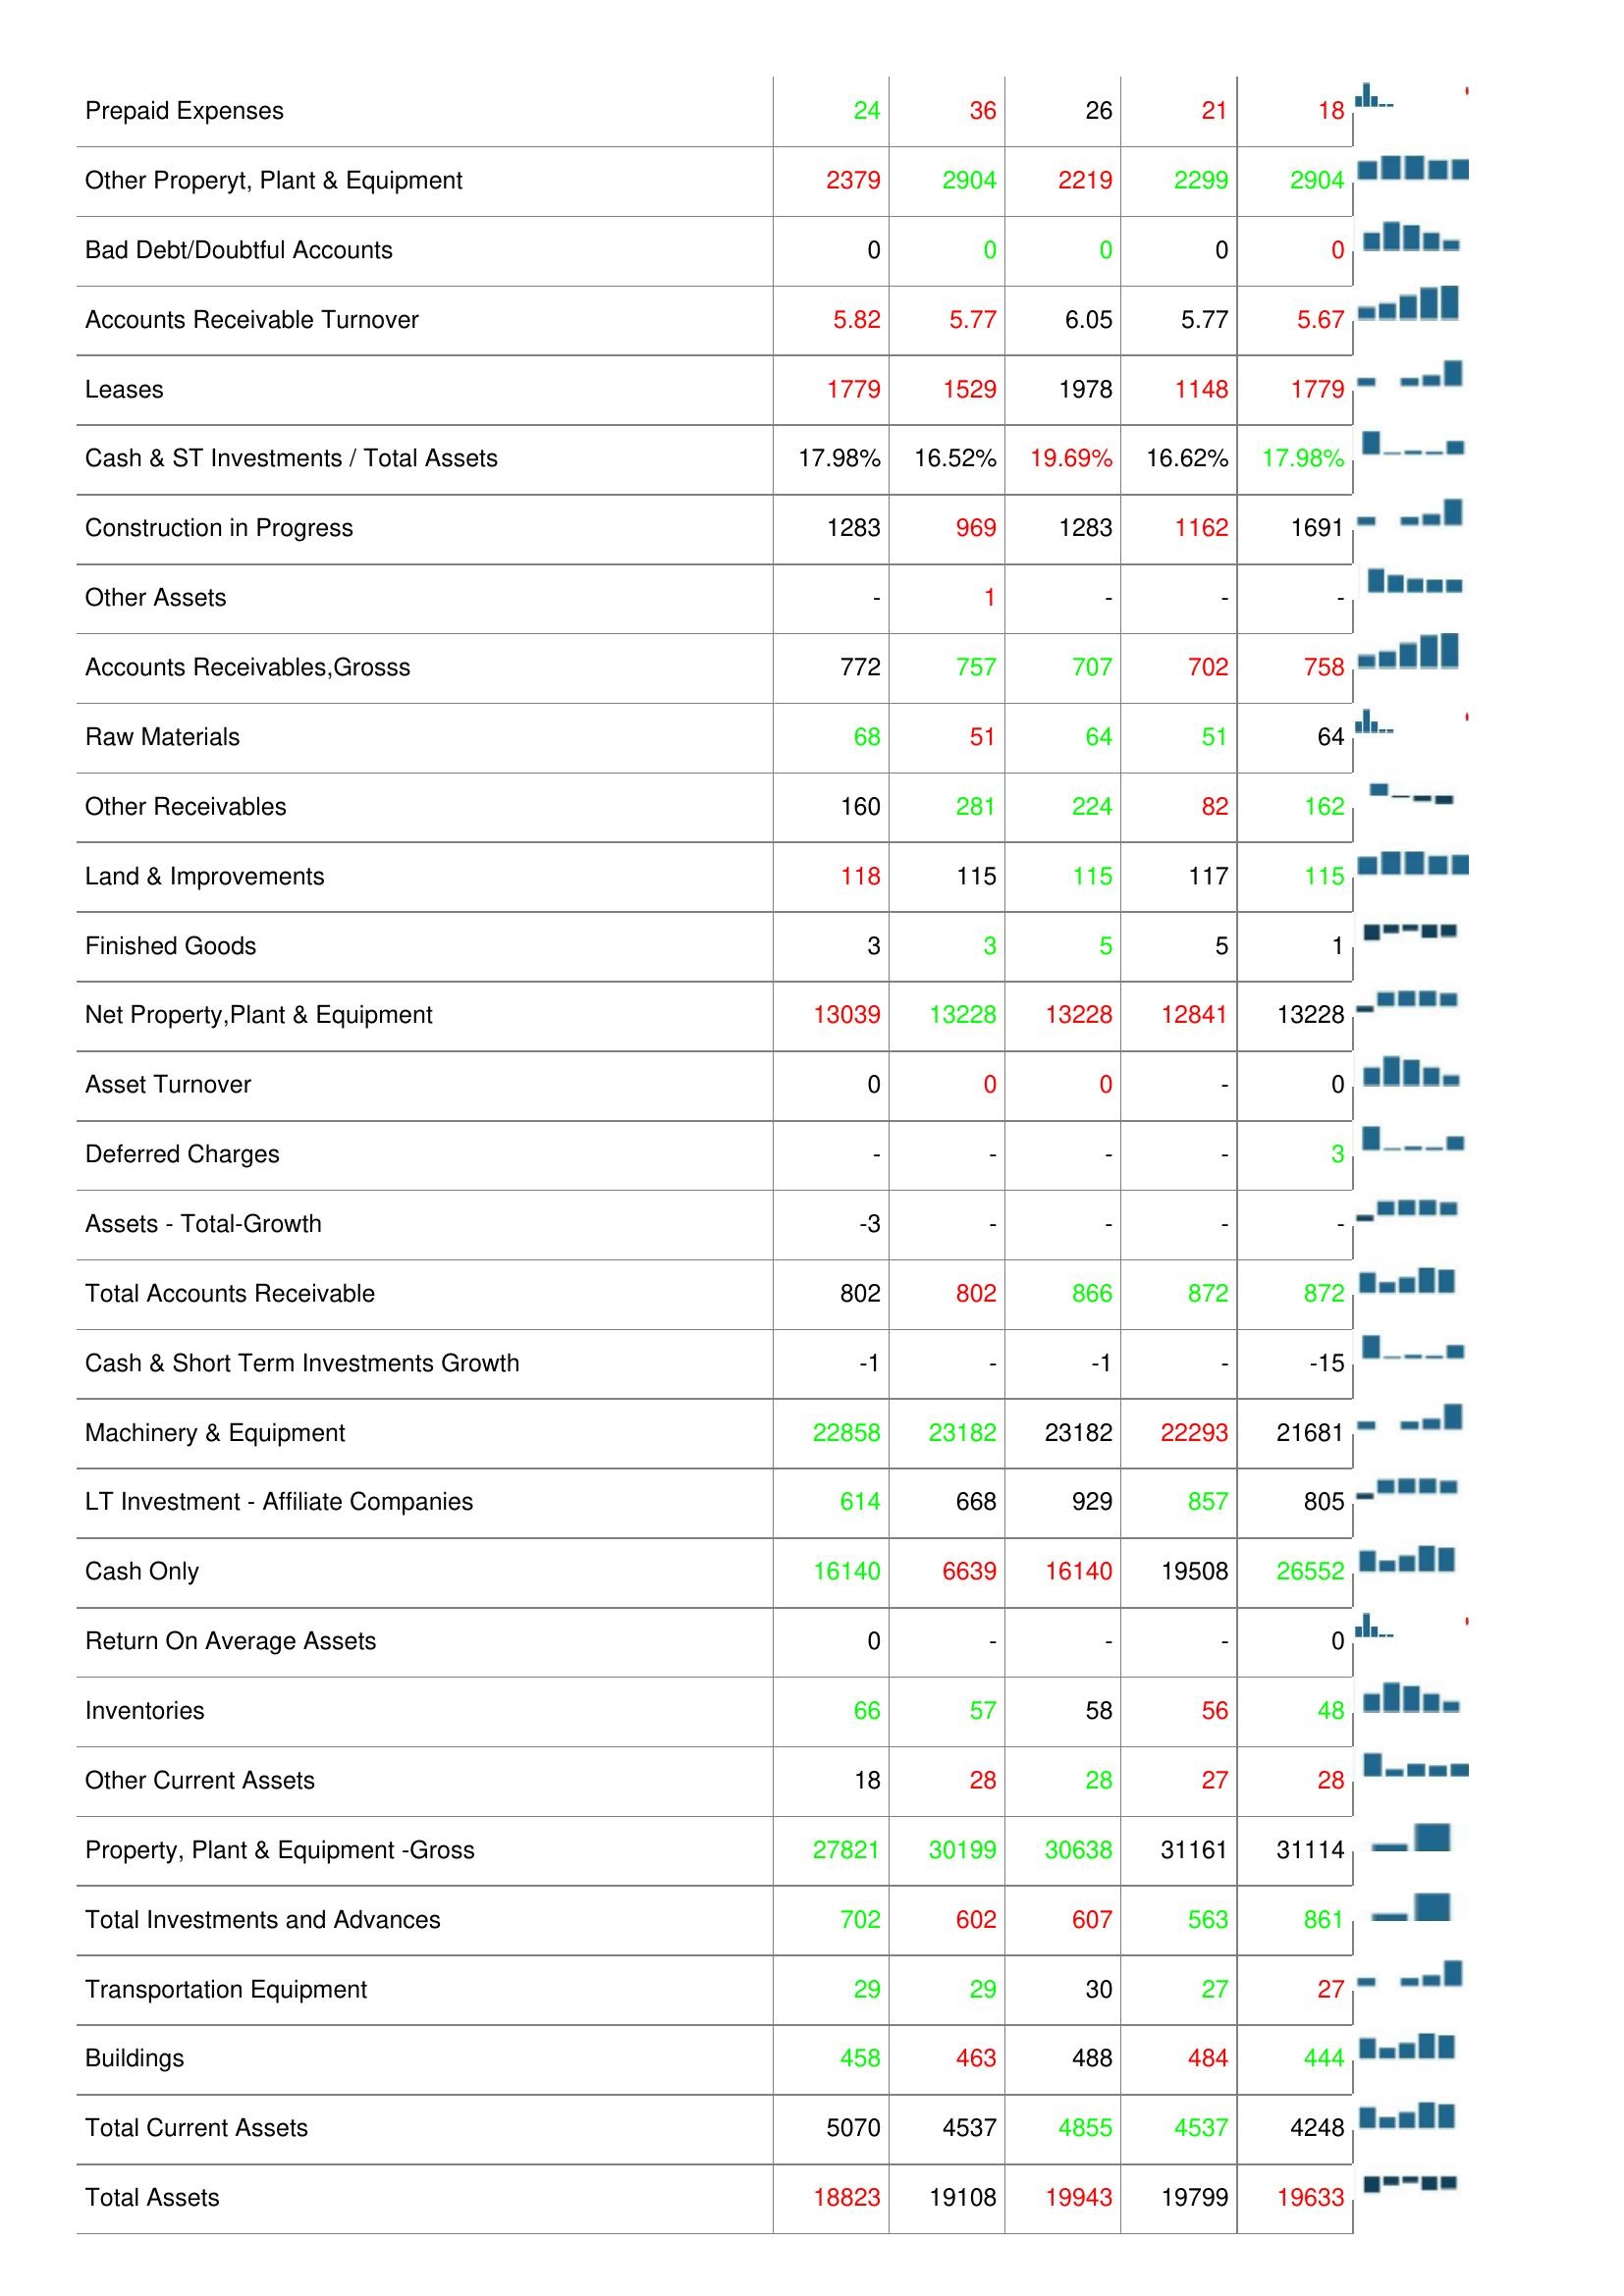
2005: Assets: Cash & Short Term Investments: 3530
Accounts Receivables Growth: -23
Accounts Receivables, Net: 780
Accumulated Depreciation: 14687
Computer Software and Equipment: 219
Long- Term Note Receivable: 225
Prepaid Expenses: 24
Other Properyt, Plant & Equipment: 2379
Bad Debt/Doubtful Accounts: 0
Accounts Receivable Turnover: 5.82
Leases: 1779
Cash & ST Investments / Total Assets: 17.98%
Construction in Progress: 1283
Other Assets: -
Accounts Receivables,Grosss: 772
Raw Materials: 68
Other Receivables: 160
Land & Improvements: 118
Finished Goods: 3
Net Property,Plant & Equipment: 13039
Asset Turnover: 0
Deferred Charges: -
Assets - Total-Growth: -3
Total Accounts Receivable: 802
Cash & Short Term Investments Growth: -1
Machinery & Equipment: 22858
LT Investment - Affiliate Companies: 614
Cash Only: 16140
Return On Average Assets: 0
Inventories: 66
Other Current Assets: 18
Property, Plant & Equipment -Gross: 27821
Total Investments and Advances: 702
Transportation Equipment: 29
Buildings: 458
Total Current Assets: 5070
Total Assets: 18823
2006: Assets: Cash & Short Term Investments: 3530
Accounts Receivables Growth: -
Accounts Receivables, Net: 837
Accumulated Depreciation: 14836
Computer Software and Equipment: 227
Long- Term Note Receivable: 246
Prepaid Expenses: 36
Other Properyt, Plant & Equipment: 2904
Bad Debt/Doubtful Accounts: 0
Accounts Receivable Turnover: 5.77
Leases: 1529
Cash & ST Investments / Total Assets: 16.52%
Construction in Progress: 969
Other Assets: 1
Accounts Receivables,Grosss: 757
Raw Materials: 51
Other Receivables: 281
Land & Improvements: 115
Finished Goods: 3
Net Property,Plant & Equipment: 13228
Asset Turnover: 0
Deferred Charges: -
Assets - Total-Growth: -
Total Accounts Receivable: 802
Cash & Short Term Investments Growth: -
Machinery & Equipment: 23182
LT Investment - Affiliate Companies: 668
Cash Only: 6639
Return On Average Assets: -
Inventories: 57
Other Current Assets: 28
Property, Plant & Equipment -Gross: 30199
Total Investments and Advances: 602
Transportation Equipment: 29
Buildings: 463
Total Current Assets: 4537
Total Assets: 19108
2007: Assets: Cash & Short Term Investments: 3934
Accounts Receivables Growth: -
Accounts Receivables, Net: 698
Accumulated Depreciation: 16457
Computer Software and Equipment: 195
Long- Term Note Receivable: 124
Prepaid Expenses: 26
Other Properyt, Plant & Equipment: 2219
Bad Debt/Doubtful Accounts: 0
Accounts Receivable Turnover: 6.05
Leases: 1978
Cash & ST Investments / Total Assets: 19.69%
Construction in Progress: 1283
Other Assets: -
Accounts Receivables,Grosss: 707
Raw Materials: 64
Other Receivables: 224
Land & Improvements: 115
Finished Goods: 5
Net Property,Plant & Equipment: 13228
Asset Turnover: 0
Deferred Charges: -
Assets - Total-Growth: -
Total Accounts Receivable: 866
Cash & Short Term Investments Growth: -1
Machinery & Equipment: 23182
LT Investment - Affiliate Companies: 929
Cash Only: 16140
Return On Average Assets: -
Inventories: 58
Other Current Assets: 28
Property, Plant & Equipment -Gross: 30638
Total Investments and Advances: 607
Transportation Equipment: 30
Buildings: 488
Total Current Assets: 4855
Total Assets: 19943
2008: Assets: Cash & Short Term Investments: 3530
Accounts Receivables Growth: 17
Accounts Receivables, Net: 780
Accumulated Depreciation: 16457
Computer Software and Equipment: 176
Long- Term Note Receivable: 273
Prepaid Expenses: 21
Other Properyt, Plant & Equipment: 2299
Bad Debt/Doubtful Accounts: 0
Accounts Receivable Turnover: 5.77
Leases: 1148
Cash & ST Investments / Total Assets: 16.62%
Construction in Progress: 1162
Other Assets: -
Accounts Receivables,Grosss: 702
Raw Materials: 51
Other Receivables: 82
Land & Improvements: 117
Finished Goods: 5
Net Property,Plant & Equipment: 12841
Asset Turnover: -
Deferred Charges: -
Assets - Total-Growth: -
Total Accounts Receivable: 872
Cash & Short Term Investments Growth: -
Machinery & Equipment: 22293
LT Investment - Affiliate Companies: 857
Cash Only: 19508
Return On Average Assets: -
Inventories: 56
Other Current Assets: 27
Property, Plant & Equipment -Gross: 31161
Total Investments and Advances: 563
Transportation Equipment: 27
Buildings: 484
Total Current Assets: 4537
Total Assets: 19799
2009: Assets: Cash & Short Term Investments: 3639
Accounts Receivables Growth: -20
Accounts Receivables, Net: 661
Accumulated Depreciation: 14836
Computer Software and Equipment: 227
Long- Term Note Receivable: 161
Prepaid Expenses: 18
Other Properyt, Plant & Equipment: 2904
Bad Debt/Doubtful Accounts: 0
Accounts Receivable Turnover: 5.67
Leases: 1779
Cash & ST Investments / Total Assets: 17.98%
Construction in Progress: 1691
Other Assets: -
Accounts Receivables,Grosss: 758
Raw Materials: 64
Other Receivables: 162
Land & Improvements: 115
Finished Goods: 1
Net Property,Plant & Equipment: 13228
Asset Turnover: 0
Deferred Charges: 3
Assets - Total-Growth: -
Total Accounts Receivable: 872
Cash & Short Term Investments Growth: -15
Machinery & Equipment: 21681
LT Investment - Affiliate Companies: 805
Cash Only: 26552
Return On Average Assets: 0
Inventories: 48
Other Current Assets: 28
Property, Plant & Equipment -Gross: 31114
Total Investments and Advances: 861
Transportation Equipment: 27
Buildings: 444
Total Current Assets: 4248
Total Assets: 19633